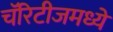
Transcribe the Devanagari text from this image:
चॅरिटीजमध्ये